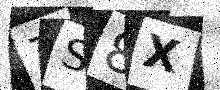
Text: 7S8X